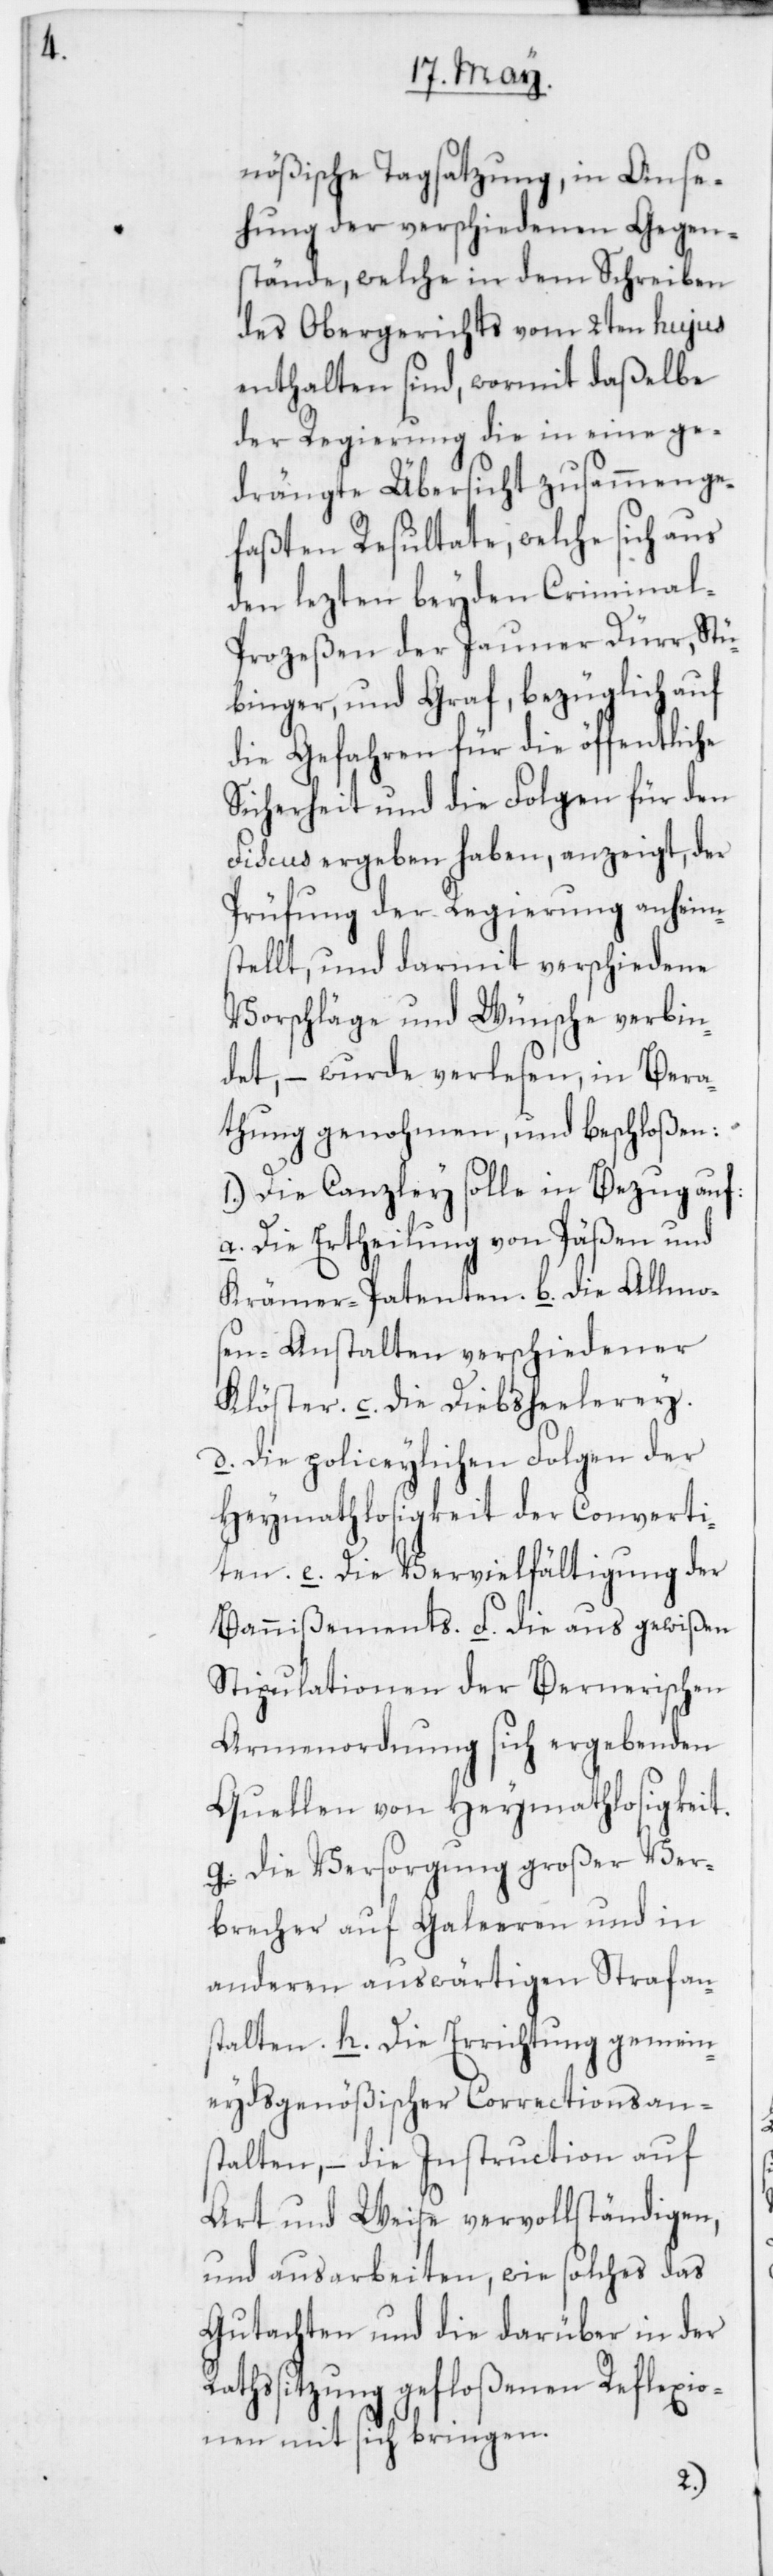
nößische Tagsatzung, in Anse¬
hung der verschieden Gegen¬
stände, welche in dem Schreiben
des Obergerichts vom 2ten hujus
enthalten sind, wormit daßelbe
der Regierung die in eine ge¬
drängte Übersicht zusammenge¬
faßten Resultate, welche sich aus
den lezten beiden Crimina¬
l-Prozeßen der Jauner Dürr, Stü¬
binger und Graf, bezüglich auf
die Gefahren für die öffentliche
Sicherheit und die Folgen für den
Fiscus ergeben haben, anzeigt, der
Prüfung der Regierung anheim s¬
tellt, und darmit verschiedene
Vorschäge und Wünsche verbin¬
det, – wurde verlesen, in Bera¬
thung genohmen, und beschloßen:
1. Die Canzley solle in Bezug auf:
a) Die Ertheilung von Päßen und
Krämer-Patenten. b) die Allmos¬
en-Anstalten verschiedener
Klöster. c) die Diebshehlerey.
d) die policeylichen Folgen der
Heymathlosigkeit der Converti¬
ten. e) die Vervielfältigung des
Bannißements. F) die aus gewißen
Stipulationen der Bernerischen
Armenordnung sich ergebenden
Quellen von Heymathlosigkeit.
g) die Versorgung großer Ver¬
brecher auf Galeeren und in
anderen auswärtigen Strafan¬
stalten. h) Die Errichtung gemein¬
eydsgenößischer Correctionsans¬
talten; – die Instruction auf
Art und Weise vervollständigen,
und ausarbeiten, wie solches das
Gutachten und die darüber in der
Rathssitzung gefloßenen Reflexio¬
nen mit sich bringen.